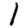
Digit: 1